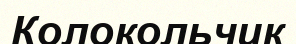
Колокольчик